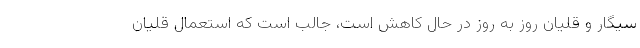
سیگار و قلیان روز به روز در حال کاهش است، جالب است که استعمال قلیان